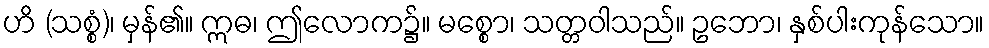
ဟိ (သစ္စံ)၊ မှန်၏။ ဣဓ၊ ဤလောက၌။ မစ္စော၊ သတ္တဝါသည်။ ဥဘော၊ နှစ်ပါးကုန်သော။